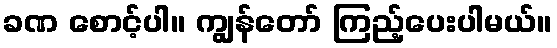
ခဏ စောင့်ပါ။ ကျွန်တော် ကြည့်ပေးပါမယ်။